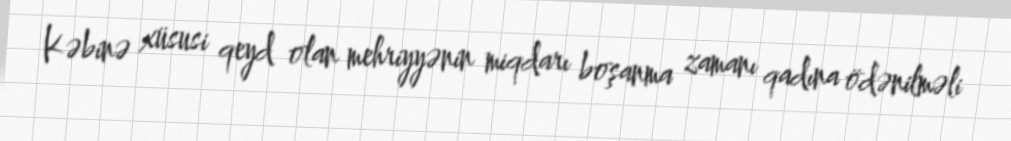
Kəbinə xüsusi qeyd olan mehriyyənin miqdarı boşanma zamanı qadına ödənilməli